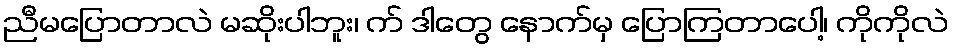
ညီမပြောတာလဲ မဆိုးပါဘူး၊ က် ဒါတွေ နောက်မှ ပြောကြတာပေါ့၊ ကိုကိုလဲ